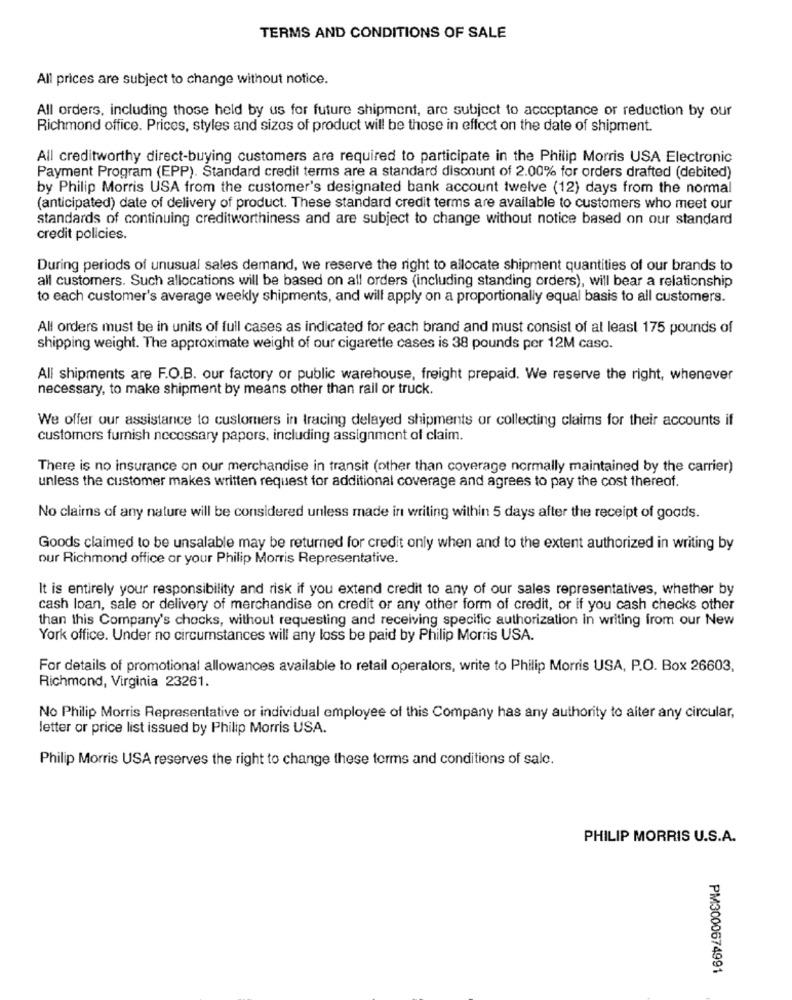
TERMS AND CONDITIONS OF SALE
All prices are subject to change without notice.
All orders, including those held by us for future shipment, are subject to acceptance or reduction by our
Richmond office. Prices, styles and sizes of product will be those in effect on the date of shipment.
All creditworthy direct-buying customers are required to participate in the Philip Morris USA Electronic
Payment Program (EPP). Standard credit terms are a standard discount of 2.00% for orders drafted (debited)
by Philip Morris USA from the customer's designated bank account twelve (12) days from the normal
(anticipated) date of delivery of product. These standard credit terms are available to customers who meet our
standards of continuing creditworthiness and are subject to change without notice based on our standard
credit policies.
During periods of unusual sales demand, we reserve the right to allocate shipment quantities of our brands to
all customers. Such allocations will be based on all orders (including standing orders), will bear a relationship
to each customer's average weekly shipments, and will apply on a proportionally equal basis to all customers.
All orders must be in units of full cases as indicated for each brand and must consist of al least 175 pounds of
shipping weight. The approximate weight of our cigarette cases is 38 pounds per 12M caso.
All shipments are F.O.B. our factory or public warehouse, freight prepaid. We reserve the right, whenever
necessary, to make shipment by means other than rail or truck.
We offer our assistance to customers in tracing delayed shipments or collecting claims for their accounts if
customers furnish necessary papers, including assignment of claim.
There is no insurance on our merchandise in transit (other than coverage normally maintained by the carrier)
unless the customer makes written request for additional coverage and agrees to pay the cost thereof.
No claims of any nature will be considered unless made in writing within 5 days after the receipt of goods.
Goods claimed to be unsalable may be returned for credit only when and to the extent authorized in writing by
our Richmond office or your Philip Morris Representative.
It is entirely your responsibility and risk if you extend credit to any of our sales representatives, whether by
cash loan, sale or delivery of merchandise on credit or any other form of credit, or if you cash checks other
than this Company's chocks, without requesting and receiving specific authorization in writing from our New
York office. Under no circumstances will any loss be paid by Philip Morris USA.
For details of promotional allowances available to retail operators, write to Philip Morris USA, P.O. Box 26603,
Richmond, Virginia 23261.
No Philip Morris Representative or individual employee of this Company has any authority to alter any circular,
letter or price list issued by Philip Morris USA.
Philip Morris USA reserves the right to change these terms and conditions of sale.
PHILIP MORRIS U.S.A.
PM3000674991